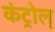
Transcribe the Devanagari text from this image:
कंट्रोल्